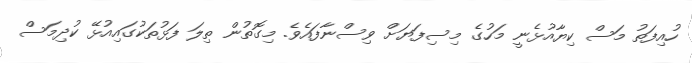
ހުއިފަތު މަސް ކިޔާއުޅެނީ މަހުގެ މިސިފަޔަށް ވިސްނާފައެވެ. މިގޮތުން ތިލަ ފަޅުތަކުގައިއުޅޭ ކުދިމަސް